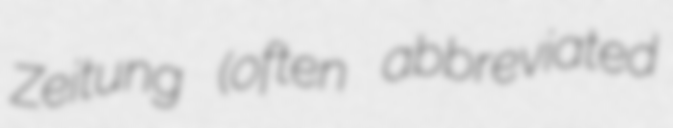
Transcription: Zeitung (often abbreviated